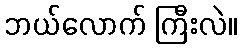
ဘယ်လောက် ကြီးလဲ။